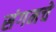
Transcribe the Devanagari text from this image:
संगमचे